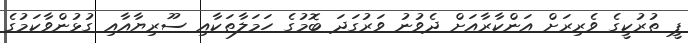
ޕީ ތުރުކީގެ ވެރިރަށް އަންކާރާއަށް ދެވުނު ވަރުގަދަ ބޮމުގެ ހަމަލާތަކާއި ސޫރިޔާއާއި ގުޅުންވާކަމުގެ